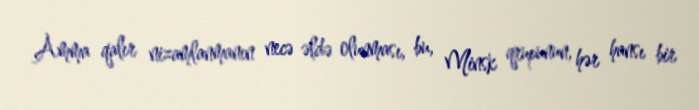
Amma qalır nizamlanmanın necə əldə olunması, bu, Minsk qrupunun, hər hansı bir